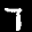
Label: 7